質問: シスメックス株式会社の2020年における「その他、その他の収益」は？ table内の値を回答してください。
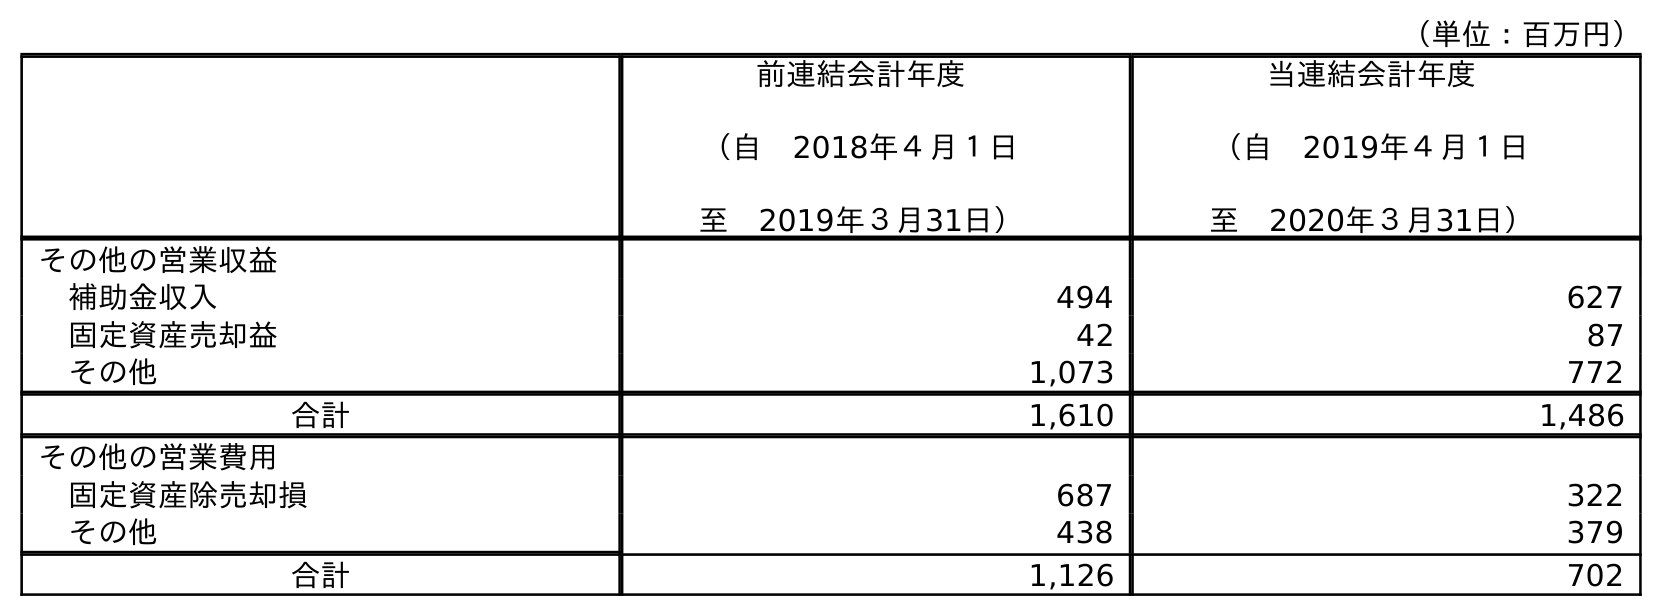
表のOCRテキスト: （単位：百万円） 前連結会計年度 （自 2018年４月１日 至 2019年３月31日） 当連結会計年度 （自 2019年４月１日 至 2020年３月31日） その他の営業収益 補助金収入 494 627 固定資産売却益 42 87 その他 1,073 772 合計 1,610 1,486 その他の営業費用 固定資産除売却損 687 322 その他 438 379 合計 1,126 702
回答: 772